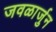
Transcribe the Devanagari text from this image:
जवळार्जुन